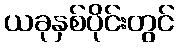
ယခုနှစ်ပိုင်းတွင်